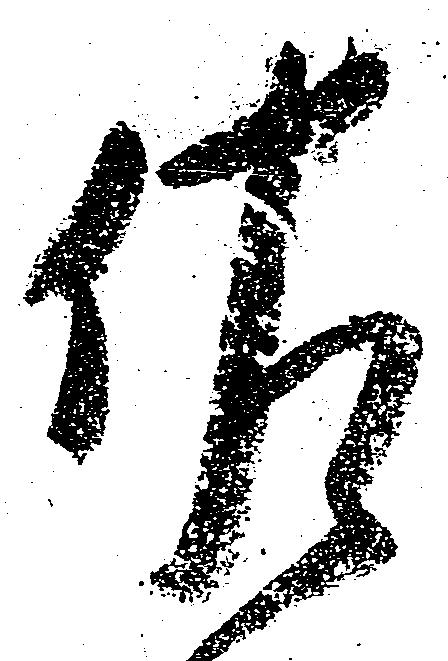
佐